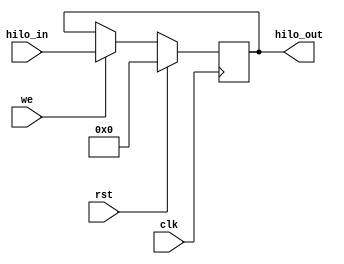
module hilo_reg(
    input wire clk,     // Clock signal
    input wire rst,     // Reset signal
    input wire we,      // Write enable
    input wire[63:0] hilo_in, // Input data to be written
    output wire[63:0] hilo_out // Output data read from the register
);

reg [63:0] hilo_reg; // HILO register

always @(negedge clk) begin
    if (rst) begin
        hilo_reg <= 0; // Reset: Set the register to 0
    end else if (we) begin
        hilo_reg <= hilo_in; // Write data into the register when write enable is active
    end
end

assign hilo_out = hilo_reg; // Output the data read from the HILO register

endmodule